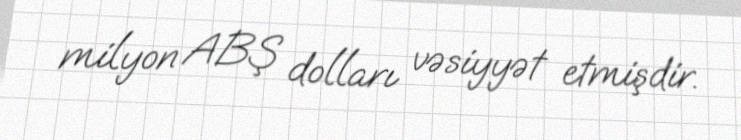
milyon ABŞ dolları vəsiyyət etmişdir.